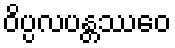
ဝိပ္ပလပန္တဿေဝ